Lunatic asylums Central Provinces reports 1895-1909 - 1895-1909
Year: 1895
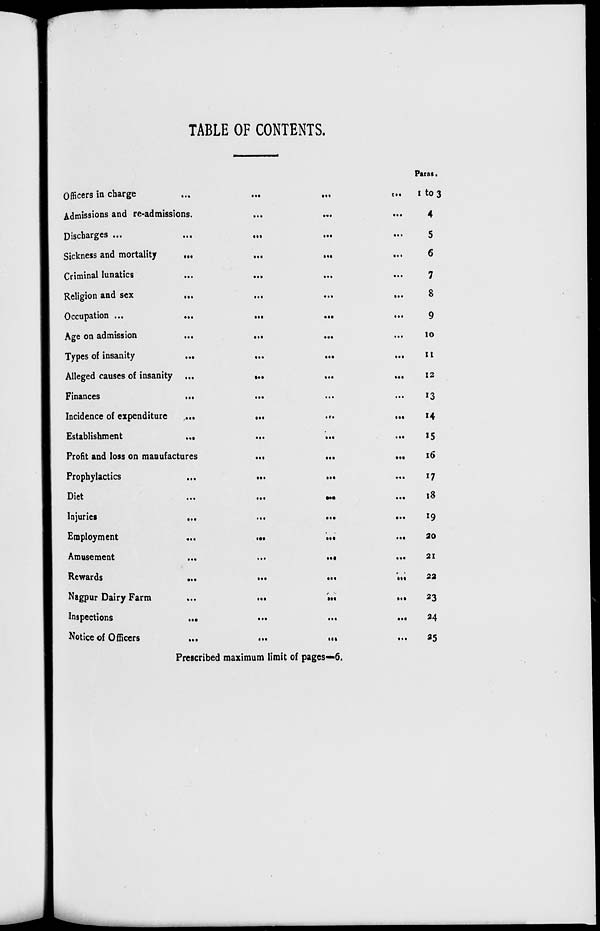
TABLE OF CONTENTS.
Officers in charge
....
...
...
...
Admissions and re-admissions.
...
...
...
Discharges
...
...
...
...
...
Sickness and mortality
...
...
...
...
Criminal lunatics
...
...
...
...
Religion and sex
...
...
...
...
Occupation ...
...
...
...
...
Age on admission
...
...
...
...
Types of insanity
...
...
...
...
Alleged causes of insanity
...
...
...
...
Finances
...
...
...
...
Incidence of expenditure
...
...
...
...
Establishment
...
...
...
...
Profit and loss on manufactures
...
...
...
Prophylactics
...
...
Diet
...
...
...
...
Injuries
...
...
...
...
Employment
...
...
...
...
Amusement
...
...
...
...
Rewards
...
...
...
...
Nagpur Dairy Farm
...
...
...
...
Inspections
...
...
...
...
Notice of Officers
...
...
...
Paras.
1 to 3
4
5
6
7
8
9
10
11
12
13
14
15
16
17
18
19
20
21
22
23
24
25
Prescribed maximum limit of pages—6.